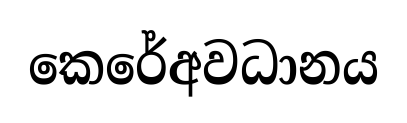
කෙරේඅවධානය